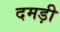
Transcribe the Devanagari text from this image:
दमड़ी